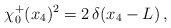
\begin{align*}\chi_0^+(x_4)^2=2\,\delta(x_4-L)\,, \end{align*}